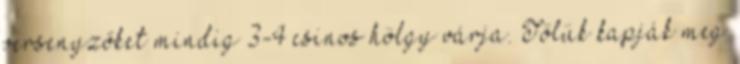
versenyzőket mindig 3-4 csinos hölgy várja. Tőlük kapják meg